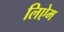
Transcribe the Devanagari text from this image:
लिऐम